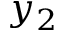
y _ { 2 }